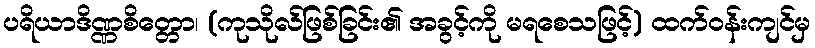
ပရိယာဒိဏ္ဏစိတ္တော၊ (ကုသိုလ်ဖြစ်ခြင်း၏ အခွင့်ကို မရစေသဖြင့်) ထက်ဝန်းကျင်မှ